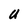
Character: U